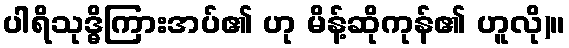
ပါရိသုဒ္ဓိကြားအပ်၏ ဟု မိန့်ဆိုကုန်၏ ဟူလို)။